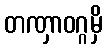
တဏှာဝဂ္ဂမှိ